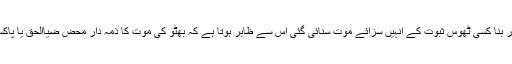
جس طریقے سے ذوالفقار بھٹو پر غیر منصفانہ مقدمہ چلایا گیا اور بنا کسی ٹھوس ثبوت کے انہیں سزائے موت سنائی گئی اس سے ظاہر ہوتا ہے کہ بھٹو کی موت کا ذمہ دار محض ضیاالحق یا پاکستانی دفاعی اسٹیبلشمنٹ نہیں بلکہ یہ ایک بین الاقوامی سازش تھی۔